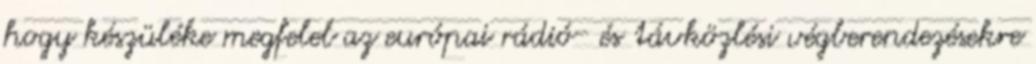
hogy készüléke megfelel az európai rádió- és távközlési végberendezésekre